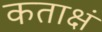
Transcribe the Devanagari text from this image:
कताक्षं